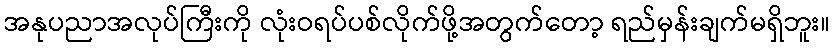
အနုပညာအလုပ်ကြီးကို လုံးဝရပ်ပစ်လိုက်ဖို့အတွက်တော့ ရည်မှန်းချက်မရှိဘူး။